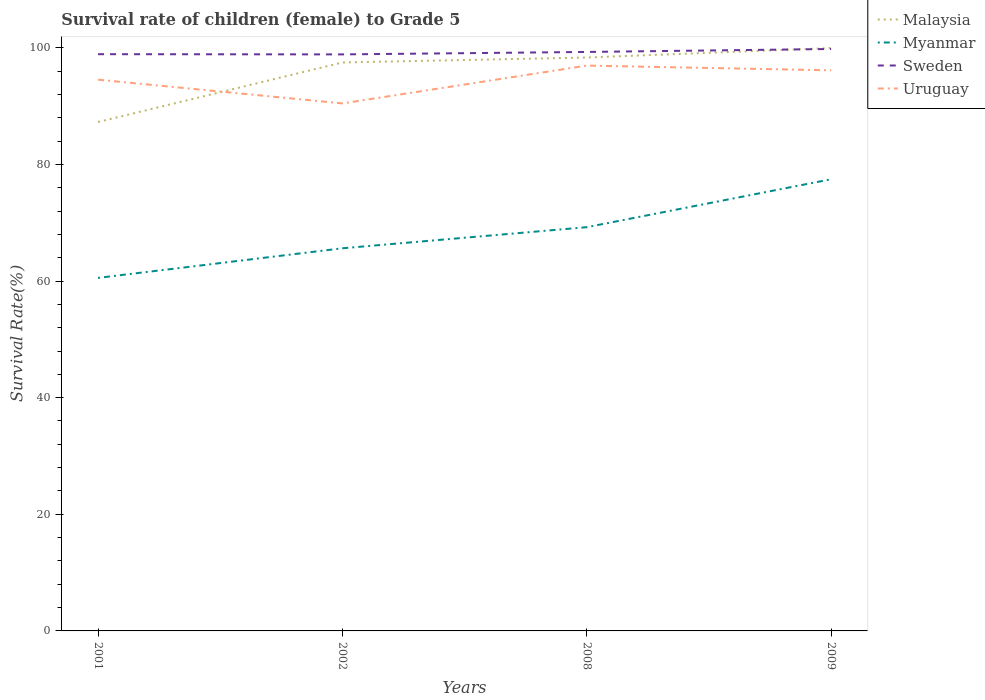
| Years | Malaysia | Myanmar | Sweden | Uruguay |
 | --- | --- | --- | --- | --- |
 | 2001 | 87.3 | 60.5 | 98.9 | 94.5 |
 | 2002 | 97.5 | 65.6 | 98.9 | 90.5 |
 | 2008 | 98.3 | 69.2 | 99.3 | 96.9 |
 | 2009 | 99.9 | 77.5 | 99.8 | 96.1 |